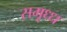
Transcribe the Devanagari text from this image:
समृध्ध